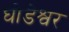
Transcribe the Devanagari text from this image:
घोडेश्वर